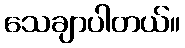
သေချာပါတယ်။